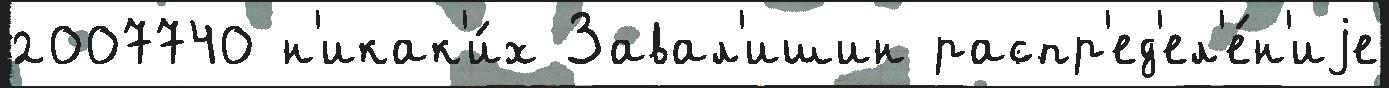
2007740 н'икак'и́х Завал'ишин распр'ед'ел'е́н'иjе